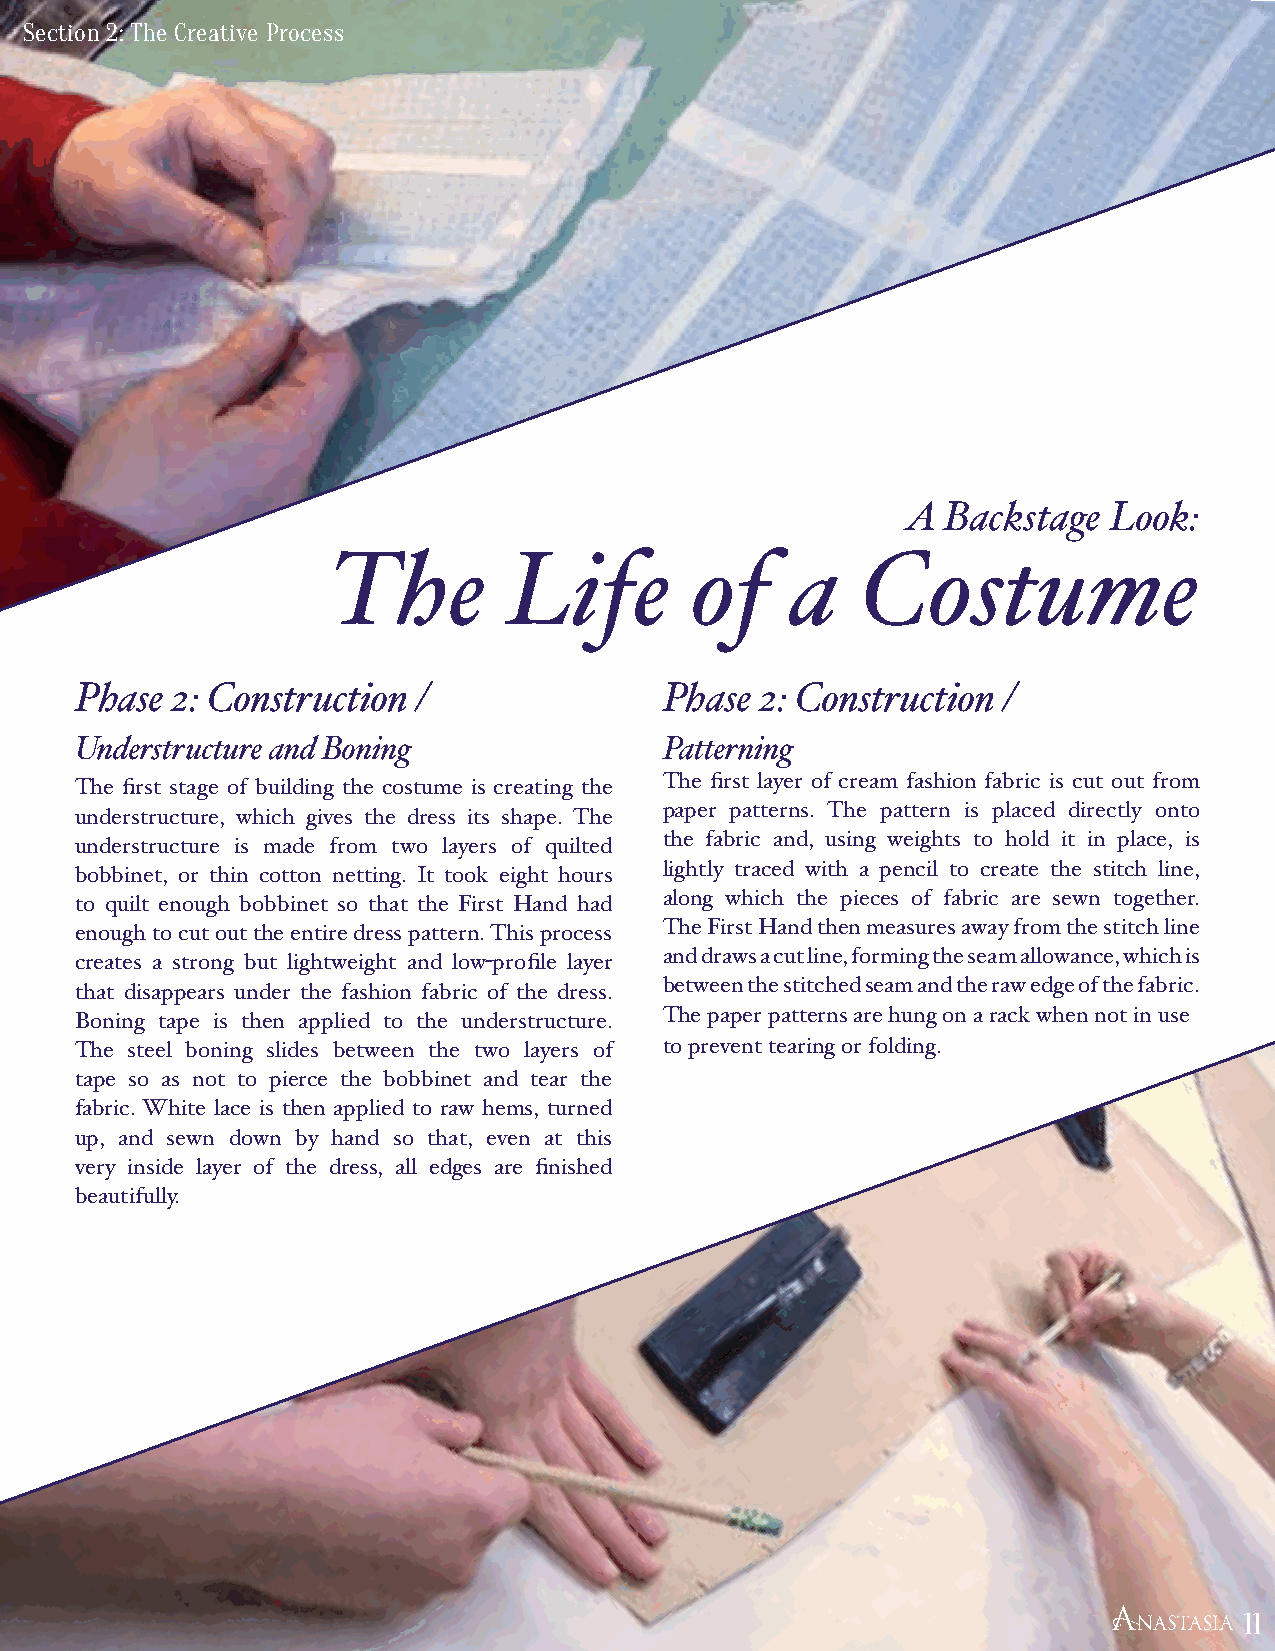
Section 2: The Creative Process
 A  Backstage Look:
 The         Life        of    a    Costume
 Phase 2: Construction  /               Phase 2: Construction /
 Understructure and Boning              Patterning
 The first stage of building the costume is creating the The first layer of cream fashion fabric is cut out from
 understructure, which gives the dress its shape. The paper patterns. The pattern is placed directly onto
 understructure is made from two layers of quilted the fabric and, using weights to hold it in place, is
 bobbinet, or thin cotton netting. It took eight hours lightly traced with a pencil to create the stitch line,
 to quilt enough bobbinet so that the First Hand had along which the pieces of fabric are sewn together.
 enough to cut out the entire dress pattern. This process The First Hand then measures away from the stitch line
 creates a strong but lightweight and low-profile layer and draws a cut line, forming the seam allowance, which is
 that disappears under the fashion fabric of the dress. between the stitched seam and the raw edge of the fabric.
 Boning tape is then applied to the understructure. The paper patterns are hung on a rack when not in use
 The steel boning slides between the two layers of to prevent tearing or folding.
 tape so as not to pierce the bobbinet and tear the
 fabric. White lace is then applied to raw hems, turned
 up, and sewn down by hand so that, even at this
 very inside layer of the dress, all edges are finished
 beautifully.
 11